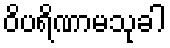
ဝိပရိဏာမသုခါ